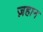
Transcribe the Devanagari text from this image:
ज़हान